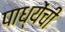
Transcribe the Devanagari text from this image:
पाध्येंची